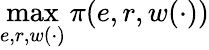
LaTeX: \operatorname*{max}_{e,r,w(\cdot)}\pi(e,r,w(\cdot))